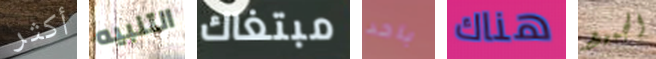
أكثر التنبيه مبتغاك باحد هناك الجميع